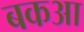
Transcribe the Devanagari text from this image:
बकआ